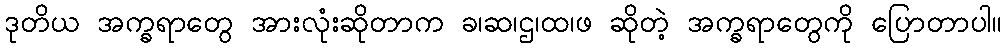
ဒုတိယ အက္ခရာတွေ အားလုံးဆိုတာက ခ၊ဆ၊ဌ၊ထ၊ဖ ဆိုတဲ့ အက္ခရာတွေကို ပြောတာပါ။